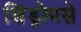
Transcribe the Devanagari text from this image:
सिंड्रोमसे